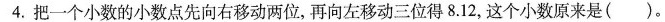
4.把一个小数的小数点先向右移动两位，再向左移动三位得8.12，这个小数原来是()。